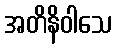
အတိနိဝါသေ